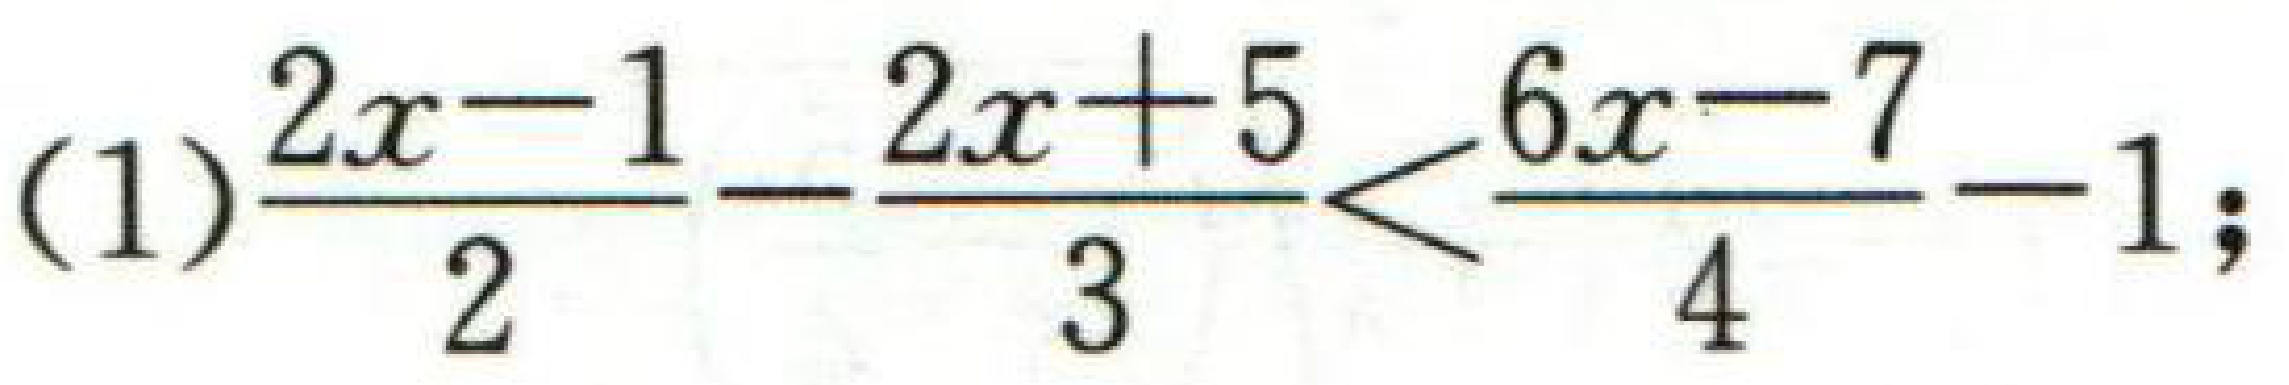
(1)$\frac{2x - 1}{2}-\frac{2x + 5}{3}<\frac{6x - 7}{4}-1;$